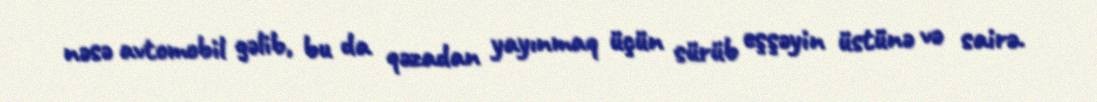
nəsə avtomobil gəlib, bu da qəzadan yayınmaq üçün sürüb eşşəyin üstünə və sairə.